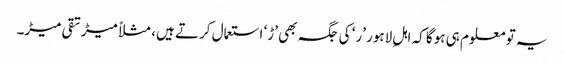
یہ تو معلوم ہی ہوگا کہ اہلِ لاہور ’ر‘ کی جگہ بھی ’ڑ‘ استعمال کرتے ہیں، مثلاً میڑ تقی میڑ۔